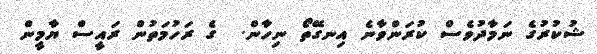
ޝުކުރުގެ ނަމާދުވެސް ކުރަންވާނެ އިނގޭތޯ ނިހާން.  ގެ ރަހުމަތުން ރައީސް ޔާމީން